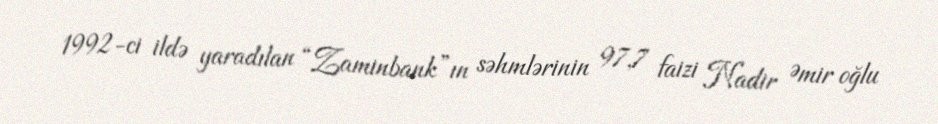
1992-ci ildə yaradılan “Zaminbank”ın səhmlərinin 97,7 faizi Nadir Əmir oğlu